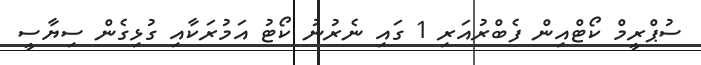
ސުޕްރީމް ކޯޓްއިން ފެބްރުއަރި 1 ގައި ނެރުނު ކޯޓު އަމުރަކާއި ގުޅިގެން ސިޔާސީ